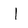
Character: I